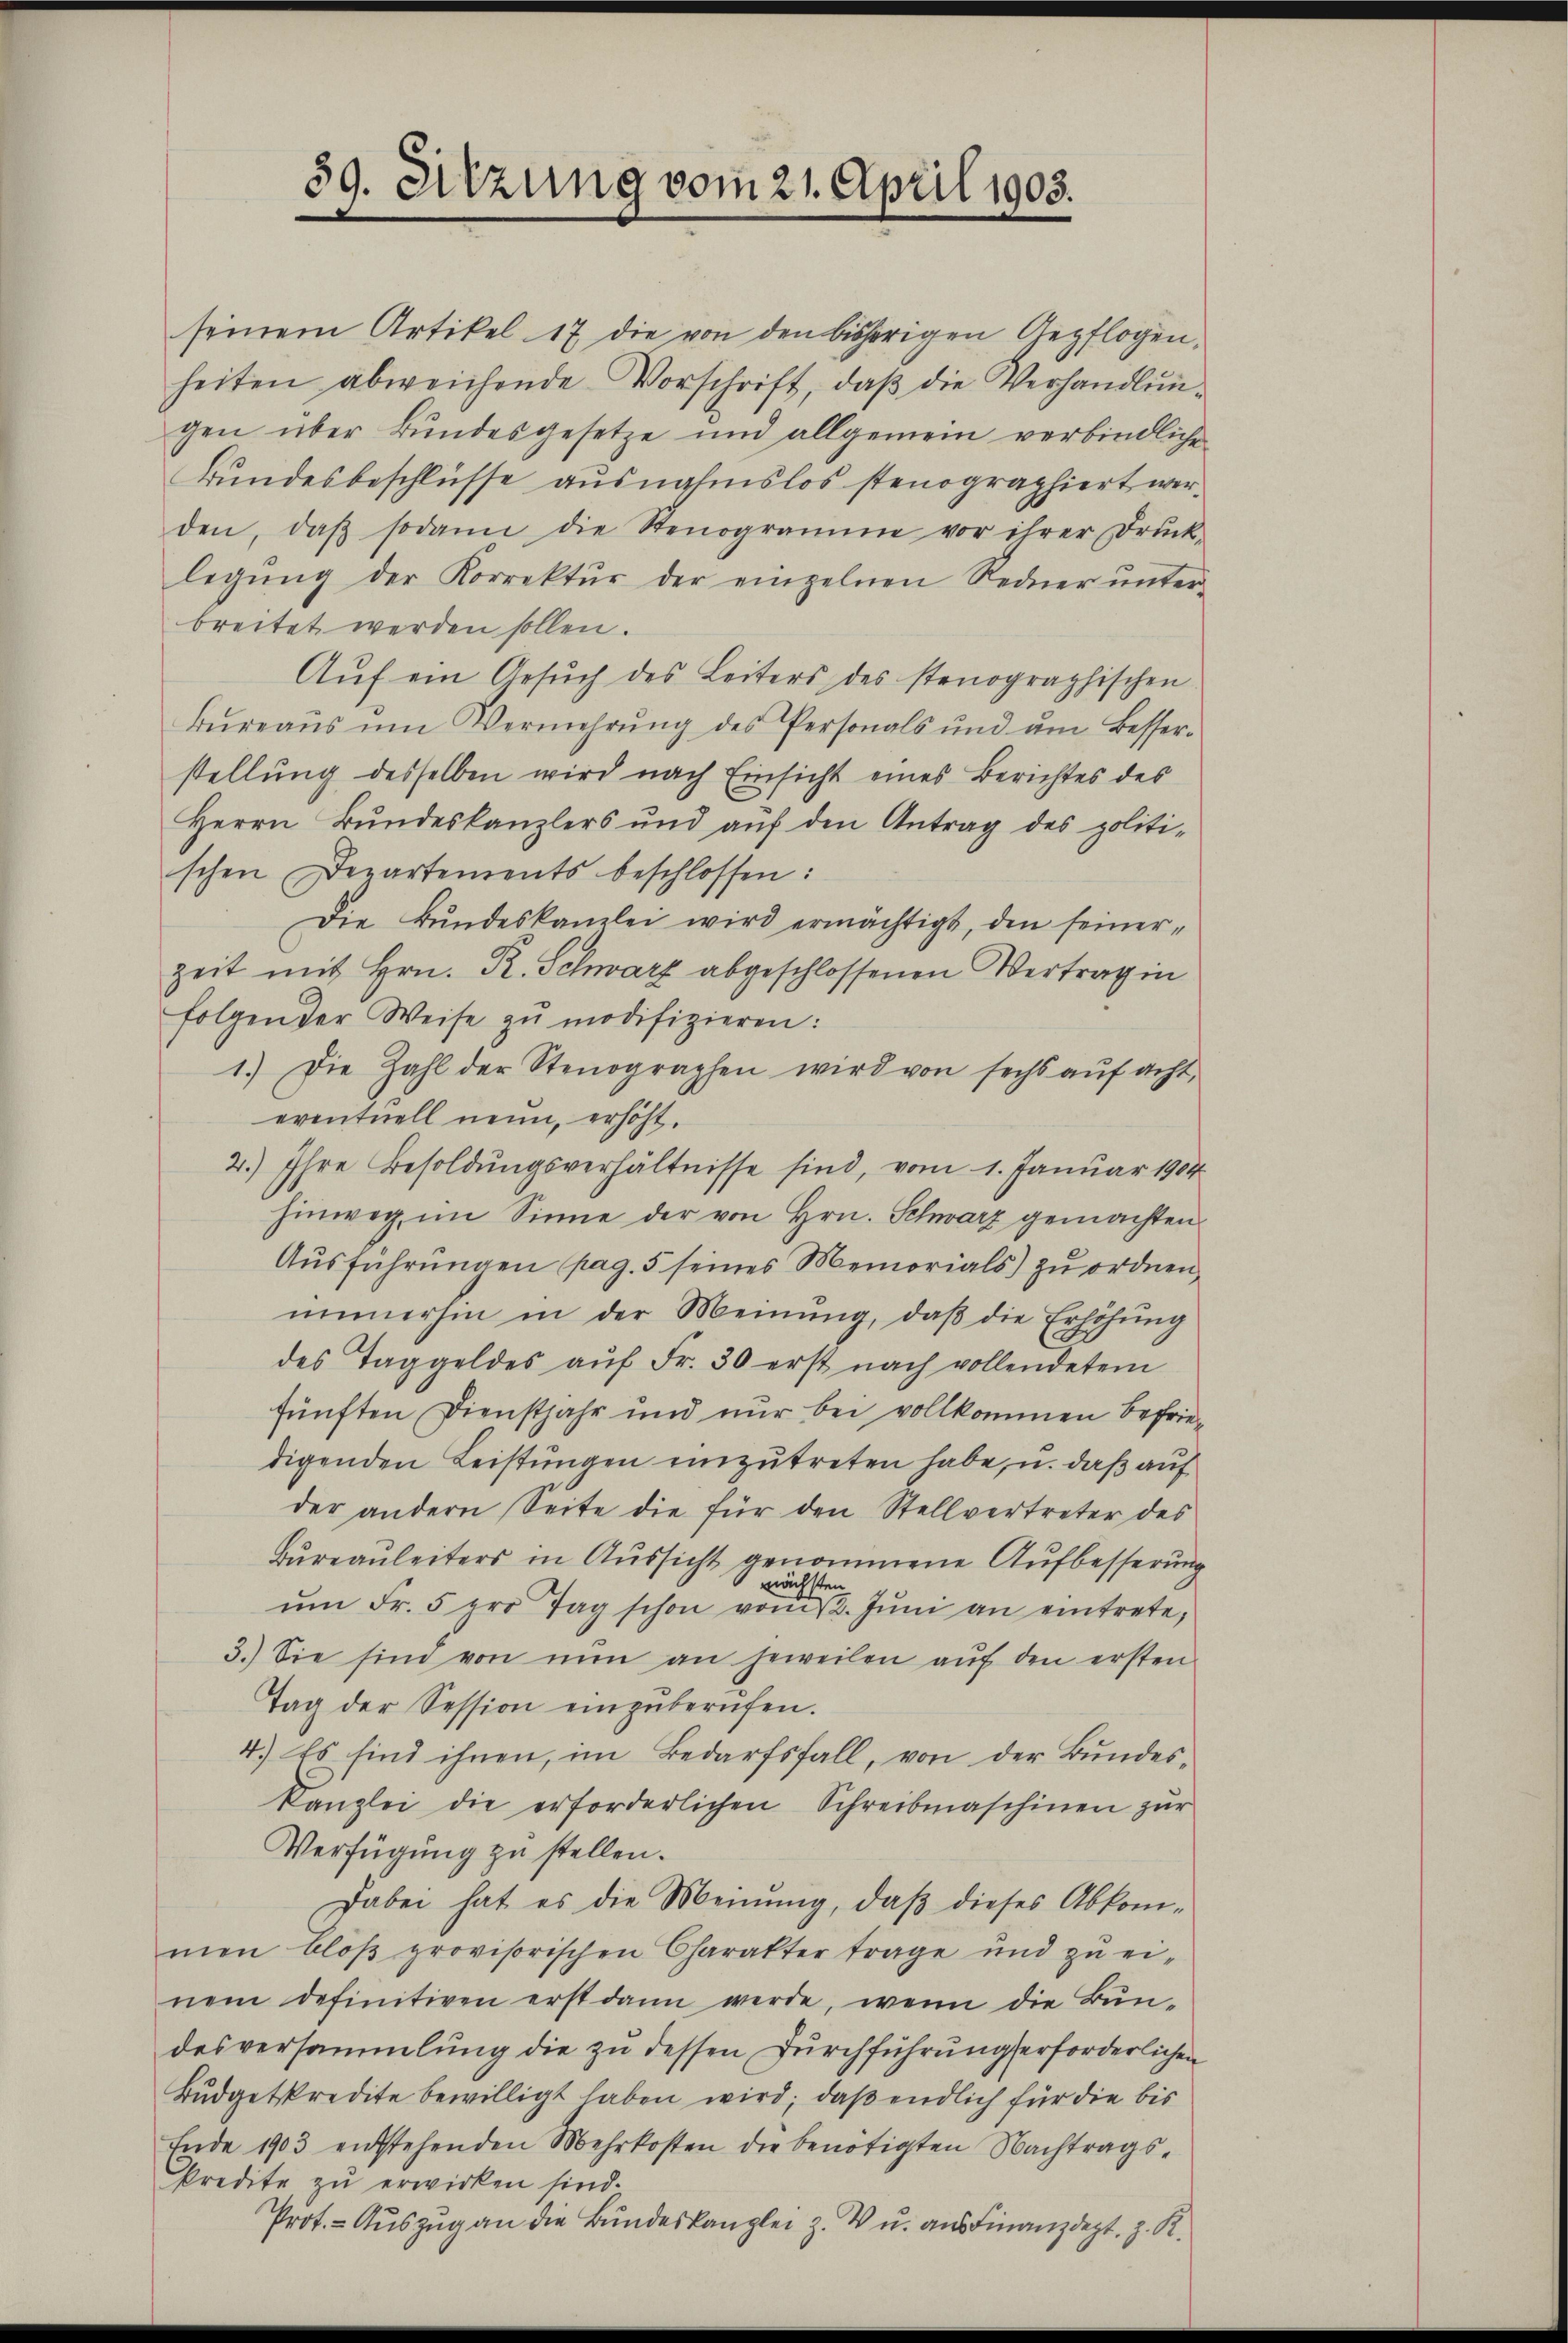
59. Sitzung vom 21. April 1903.

seinem Artikel 17 die von den bisherigen Gepflogen,
heiten abweichende Vorschrift, daβ die Verhandlŭn-
gen über Bŭndesgesetze und allgemein verbindliche
Bundesbeschlüsse ausnahmslos stenographiert werden, daβ sodann die Stenogramme vor ihrer Drŭck-
legŭng der Korrektŭr der einzelnen Redner ŭnter-
breitet werden sollen.
Aŭf ein Gesŭch des Leiters des stenographischen
Büreaŭs ŭm Vermehrŭng des Personals ŭnd ŭm Besser-
stellung desselben wird nach Einsicht eines Berichtes des
Herrn Bundeskanzlers und aŭf den Antrag des politi-
schen Departements beschlossen:
Die Bundeskanzlei wird ermächtigt, den seinerzeit mit Hrn. R. Schwarz abgeschlossenen Vertrag in
folgen der Weise zŭ modifizieren:
1.) Die Zahl der Stenographen wird von sechs aŭf acht,
eventuell neun, erhöht.
2.) Ihre Besoldŭngsverhältnisse sind, vom 1. Januar 1904
hinweg, im Sinne der von Hrn. Schwarz gemachten
Ausführungen pag. 5 seines Memorials) zu ordnen,
immerhin in der Meinung, daβ die Erhöhŭng
C
des Taggeldes aŭf Fr. 30 erst nach vollendetem
fünften Dienstjahr und nur bei vollkommen befriedigenden Leistungen einzutreten habe, u. daß auf
der andern Seite die für den Stellvertreter des
Büreaŭleiters in Aŭssicht genommene Aufbesserung
nächsten
ŭm Fr. 5 pro Tag schon vom 1. Jŭni an eintrete,
3.) Sie sind von nŭn an jeweilen aŭf den ersten
Tag der Session einzŭberŭfen.
4.) Es sind ihnen, im Bedarfsfall, von der Bundeskanzlei die erforderlichen Schreibmaschinen zŭr
Verfügung zu stellen.
Dabei hat es die Meinung, daβ dieses Abkom-
men bloβ provisorischen Charakter trage und zŭ ei-
nem definitiven erst dann werde, wenn die Bündesversammlung die zu dessen Durchführung erforderlichen
Budgetkredite bewilligt haben wird; daß endlich für die bis
Ende 1903 entstehenden Mehrkosten die benötigten Nachtrags-
Predite zu erwirken sind.
Prot. - Auszug an die Bundeskanzlei z. V u. aus Finanzdept. J. R.